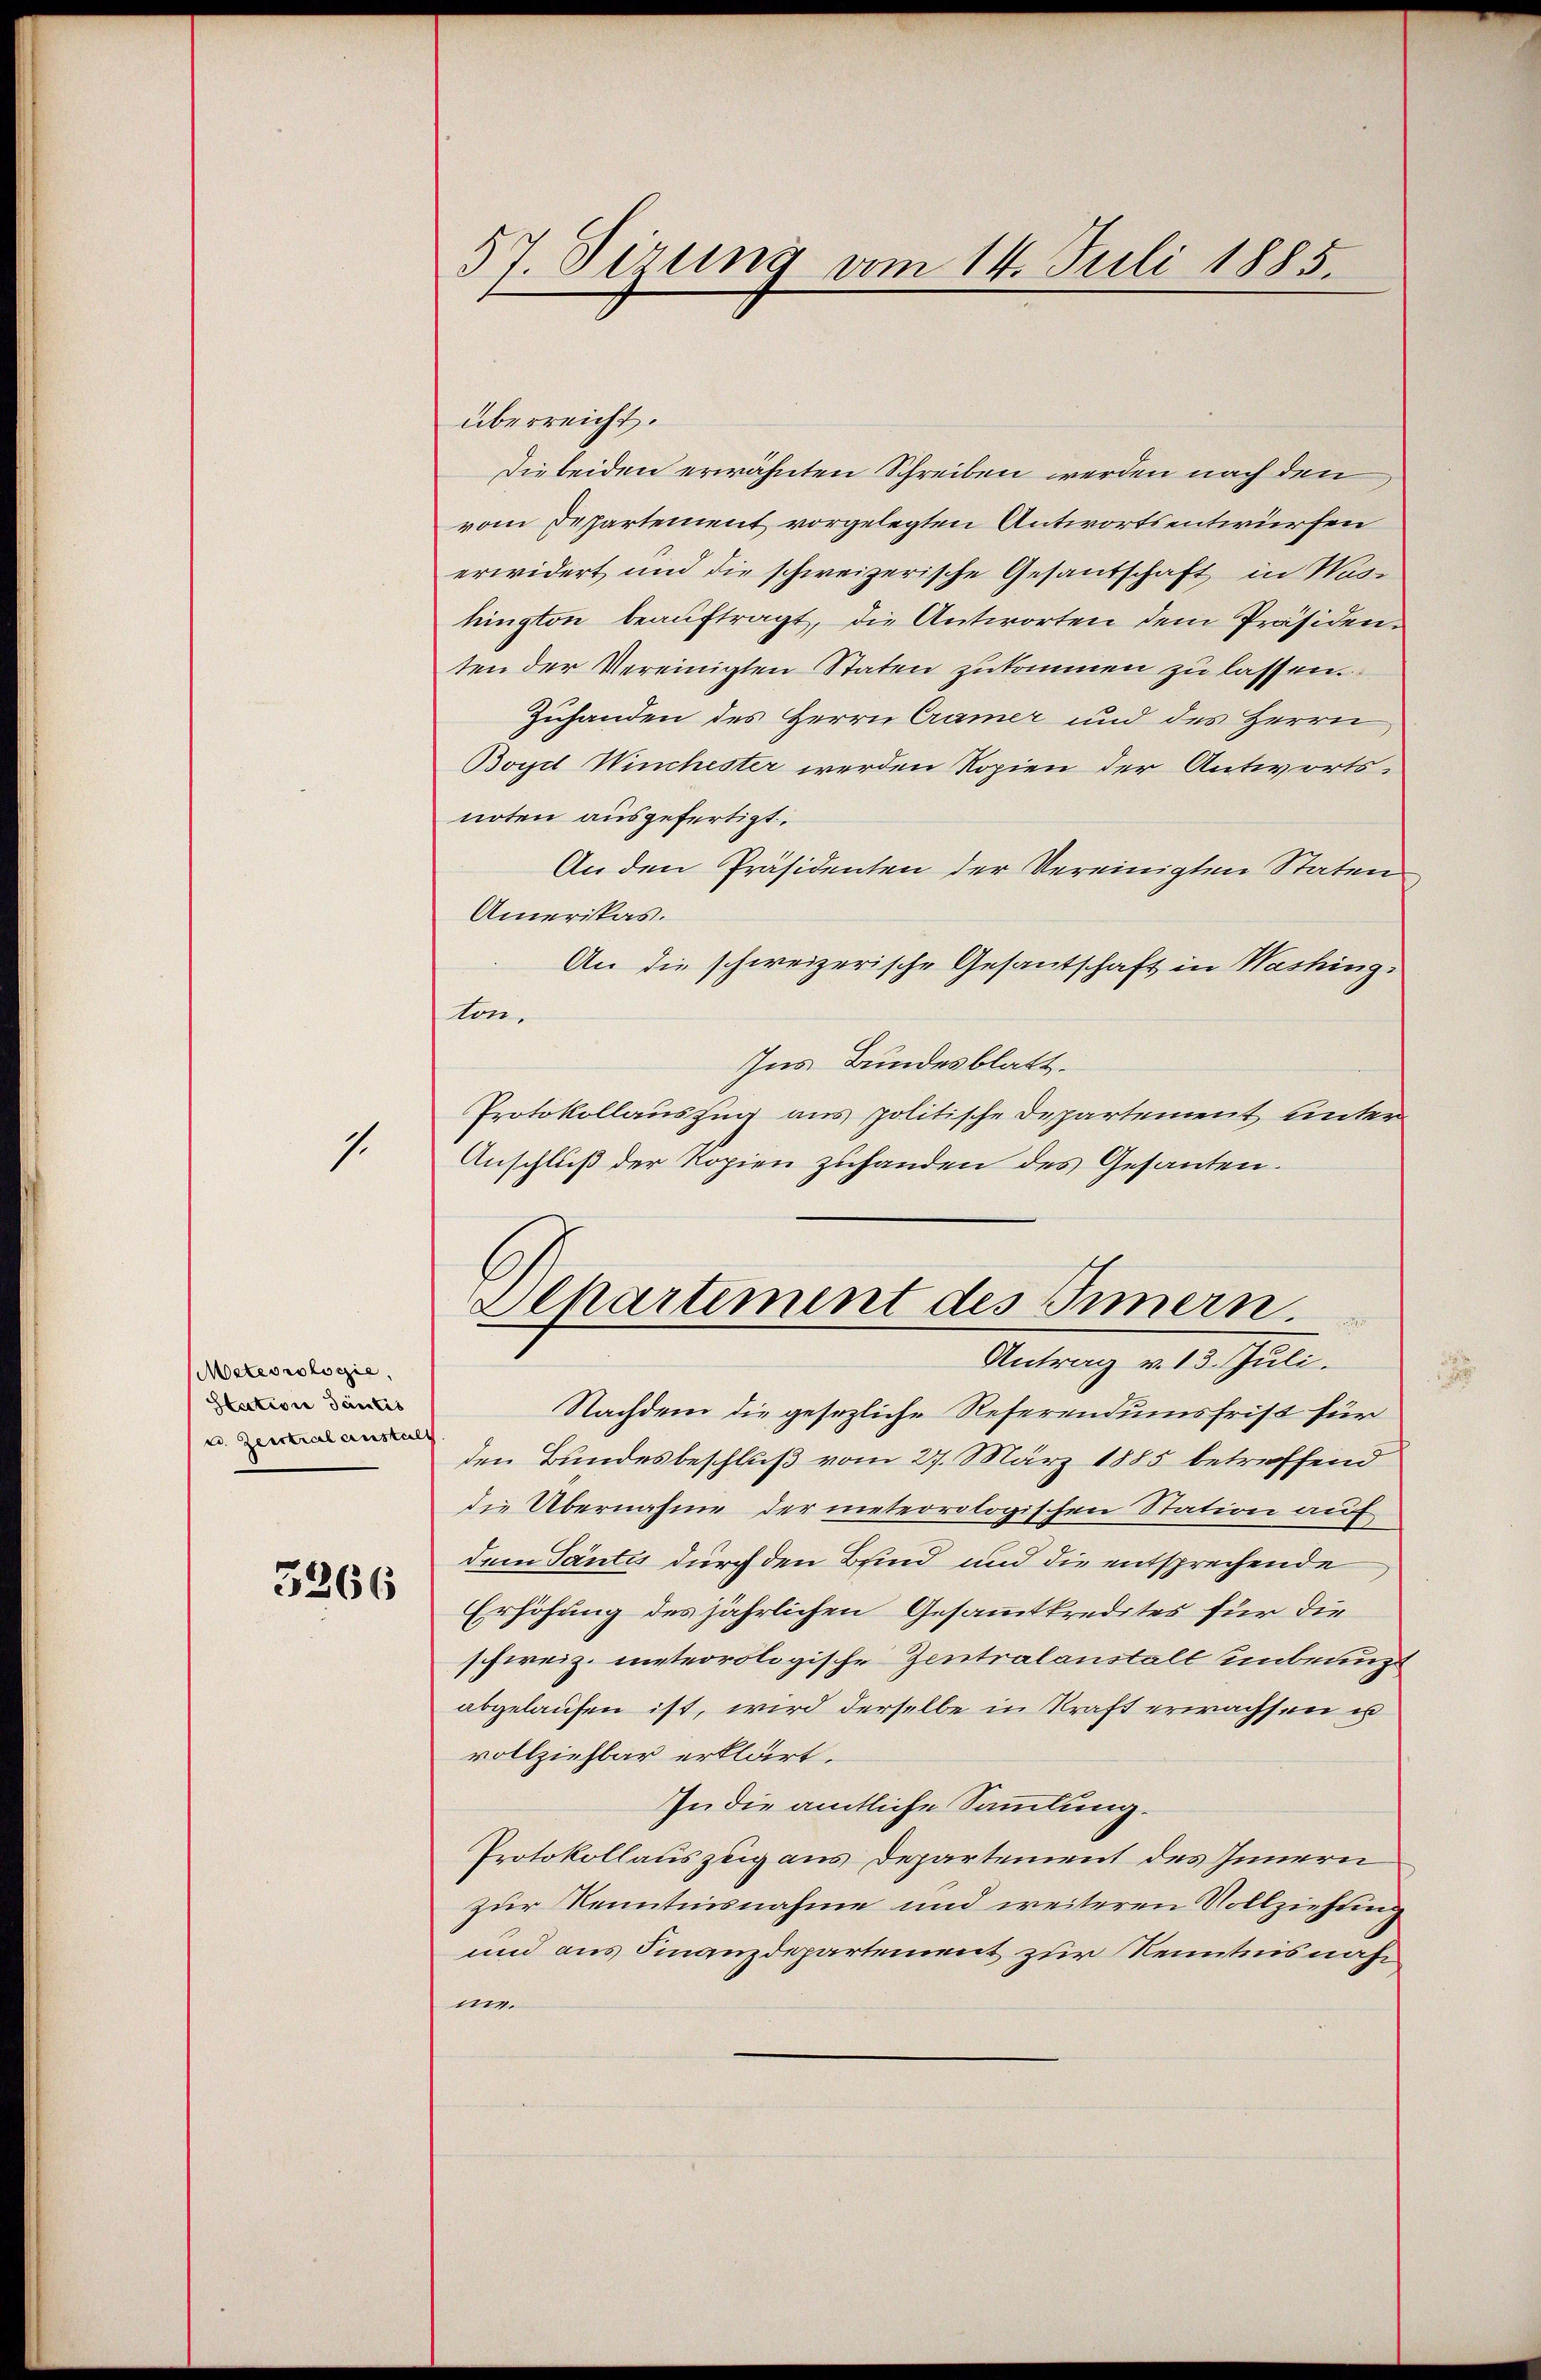
1

Meteorologie,
Station Tantis
u. Zerstral anstalt
3266

54 Sirung vom 14. Juli 1885.

überreicht.
Die beiden erwähnten Schreiben werden nach den
vom Departement vorgelegten Antwortsentwürfen
erwidert und die schweizerische Gesandschaft in Washington beauftragt, die Antworten dem Präsidenten der Vereinigten Staten zukommen zu lassen.
Zuhanden des Herrn Cramer und des Herrn
Boyd Winchester werden Kopien der Antworts-
noten ausgefertigt.
An den Präsidenten der Vereinigten Statun
Amerikas.
An die schweizerische Gesantschaft in Washing-
ton.
Ins Bundesblatt.
Protokollauszug aus politische Departement unter
Anschluß der Kopien zuhanden des Gesanten.
Departement des Innern
Antrag v. 13. Juli.
Nachdem die gesezliche Referendumsfrist für
den Bundesbeschluß vom 27. März 1885 betreffend
die Übernahme der meteorologischen Station auf
dem Tantis durch den Bsind und die entsprechende
Erhöhung des jährlichen Gesammtkredites für die
schweiz. meteorologische Zentralanstalt unbenutz
abgelaufen ist, wird derselbe in Kraft erwachsen u
vollziehbar erklärt.
In die amtliche Sammlung.
Protokollauszug aus Departement des Innern
zur Kenntnisnahme und weiteren Vollziehung
und aus Finanzdepartement zur Kenntnisnahne.